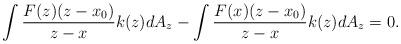
LaTeX: \begin{align*}\displaystyle \int \dfrac{F(z)(z-x_0)}{z-x} k(z) dA_z - \int \dfrac{F(x)(z-x_0)}{z-x} k(z) dA_z = 0.\end{align*}